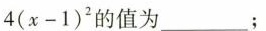
4 ( x - 1 ) ^ { 2 }$$的值为___；